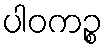
ပါဝကဉ္စ